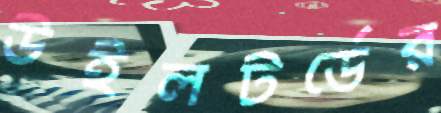
উইলটর্ডের